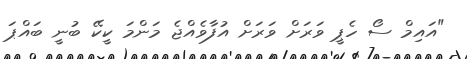
"އައިމް ސޯ ހެޕީ ވަރަށް ވަރަށް އުފާވެއްޖެ މަންމަ ކީކޭ ބުނީ ބައްޕަ